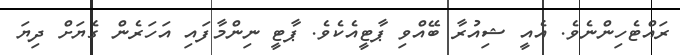
ރައްޓެހިންނެވެ. އެއީ ޝިއުރާ ބޭއްވި ޕާޓީއެކެވެ. ޕާޓީ ނިންމާފައި އަހަރެން ގެޔަށް ދިޔަ